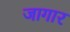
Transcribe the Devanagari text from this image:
जागार